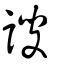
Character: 謏